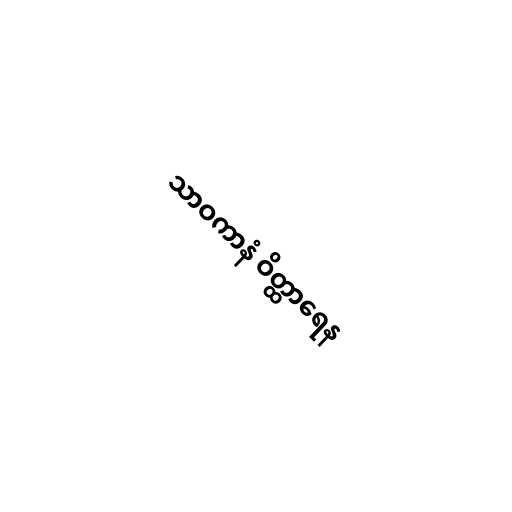
သာဝကာနံ ဝိတ္ထာရေန